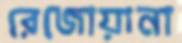
রেজোয়ানা